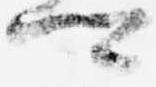
卿